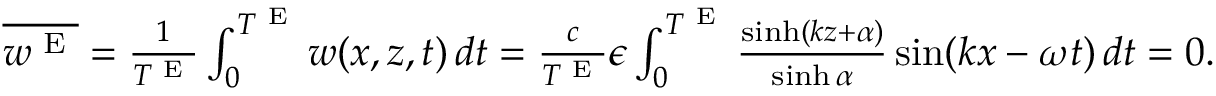
\begin{array} { r } { \overline { { w ^ { \textnormal { E } } } } = \frac { 1 } { T ^ { \textnormal { E } } } \int _ { 0 } ^ { T ^ { \textnormal { E } } } w ( x , z , t ) \, d t = \frac { c } { T ^ { \textnormal { E } } } \epsilon \int _ { 0 } ^ { T ^ { \textnormal { E } } } \frac { \sinh ( k z + { \alpha } ) } { \sinh { \alpha } } \sin ( k x - \omega t ) \, d t = 0 . } \end{array}